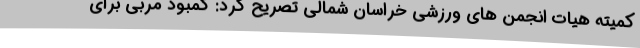
کمیته هیات انجمن های ورزشی خراسان شمالی تصریح کرد: کمبود مربی برای